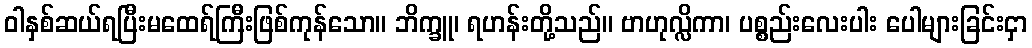
ဝါနှစ်ဆယ်ရပြီးမထေရ်ကြီးဖြစ်ကုန်သော။ ဘိက္ခူ၊ ရဟန်းတို့သည်။ ဗာဟုလ္လိကာ၊ ပစ္စည်းလေးပါး ပေါများခြင်းငှာ